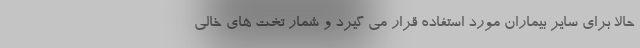
حالا برای سایر بیماران مورد استفاده قرار می گیرد و شمار تخت های خالی